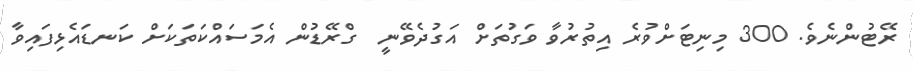
ރޭޓުންނެވެ. 300 މިނިޓަށްވުރެ އިތުރުވާ ވަގުތަށް އަގުދެވޭނީ  ގްރޭޑުން އެމަސައްކަތަކަށް ކަނޑައެޅިފައިވާ